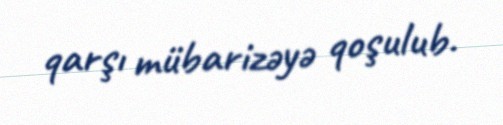
qarşı mübarizəyə qoşulub.